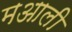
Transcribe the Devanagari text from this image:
मआली